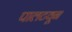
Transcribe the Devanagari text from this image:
पालटवून